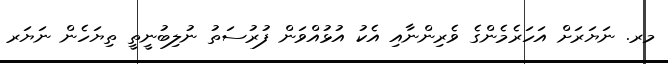
މރ. ނަޔަރަށް އަހަރެމެންގެ ވެރިންނާއި އެކު އުޅުއްވަން ފުރުސަތު ނުލިބުނީތީ ތިޔަހެން ނަޔަރ